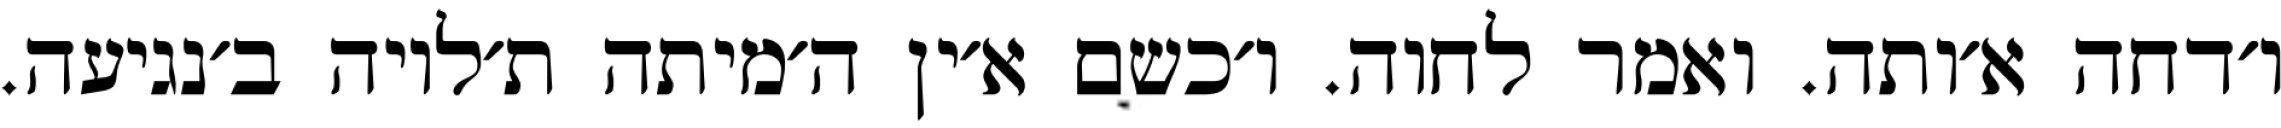
ו׳דחה א׳ותה. ואמר לחוה. ו׳כשם א׳ין ה׳מיתה ת׳לויה ב׳נגיעה.